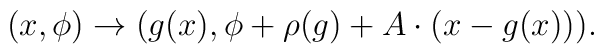
(x,\phi) \to (g(x),\phi+\rho(g) + A \cdot (x-g(x))) .